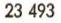
23 493